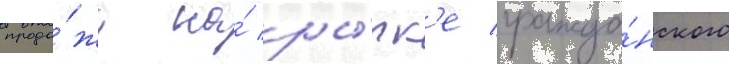
прода́жи на́ ры́нк'е гражда́нского